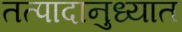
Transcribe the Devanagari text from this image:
तत्पादानुध्यात